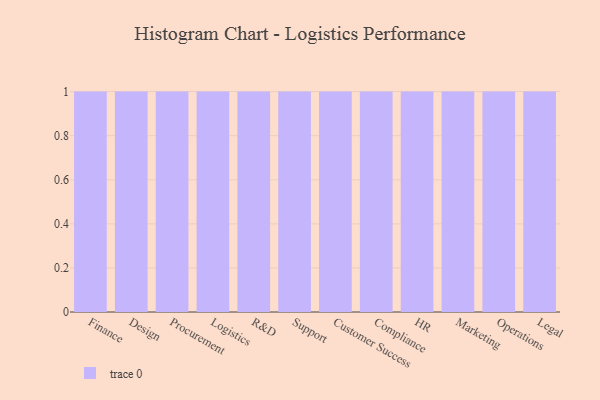
{"axis": {"x": "Department", "y": "Page Views"}, "legend": [""], "data": [{"x": "Finance", "y": 70, "type": ""}, {"x": "Design", "y": 58, "type": ""}, {"x": "Procurement", "y": 39, "type": ""}, {"x": "Logistics", "y": 85, "type": ""}, {"x": "R&D", "y": 9, "type": ""}, {"x": "Support", "y": 75, "type": ""}, {"x": "Customer Success", "y": 84, "type": ""}, {"x": "Compliance", "y": 92, "type": ""}, {"x": "HR", "y": 54, "type": ""}, {"x": "Marketing", "y": 60, "type": ""}, {"x": "Operations", "y": 65, "type": ""}, {"x": "Legal", "y": 97, "type": ""}]}